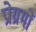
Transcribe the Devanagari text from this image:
प्रोग्रमों